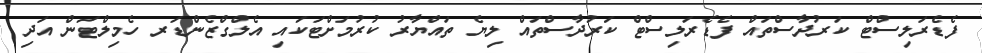
ފެޑެރަލިސްޓް ކަރުދާސްތައް ފެޑެރަލިސްޓް ކަރުދާސްތައް ލިޔެ ތައްޔާރު ކުރުމަށްޓަކައި އެލްގްޒެންޑަރ ހެމިލްޓަން އަދި